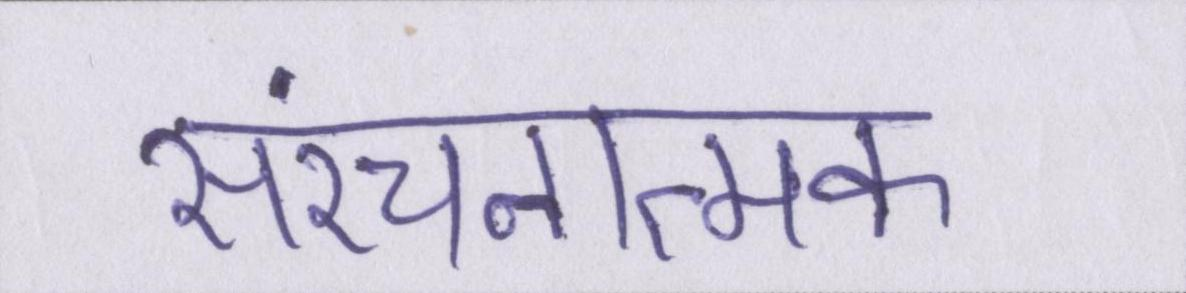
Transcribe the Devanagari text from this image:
संरचनात्मक